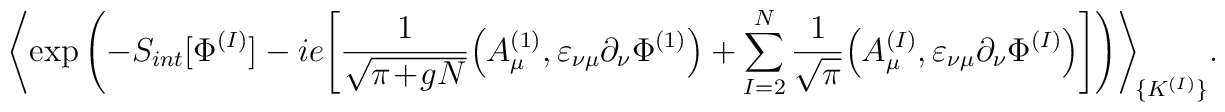
\Bigg\langle \!\exp \left( - S_{int} [ \Phi^{(I)} ]- i e \Bigg[ \frac{1}{\sqrt{\pi\!+\!gN}}\Big( A^{(1)}_\mu, \varepsilon_{\nu \mu} \partial_\nu \Phi^{(1)} \Big)  +\sum_{I=2}^N \frac{1}{\sqrt{\pi}}\Big( A^{(I)}_\mu, \varepsilon_{\nu \mu} \partial_\nu \Phi^{(I)} \Big) \Bigg]\right)\!\Bigg\rangle_{\!\{K^{(I)}\}} .